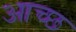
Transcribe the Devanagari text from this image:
आच्छ